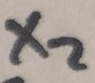
Text: X2